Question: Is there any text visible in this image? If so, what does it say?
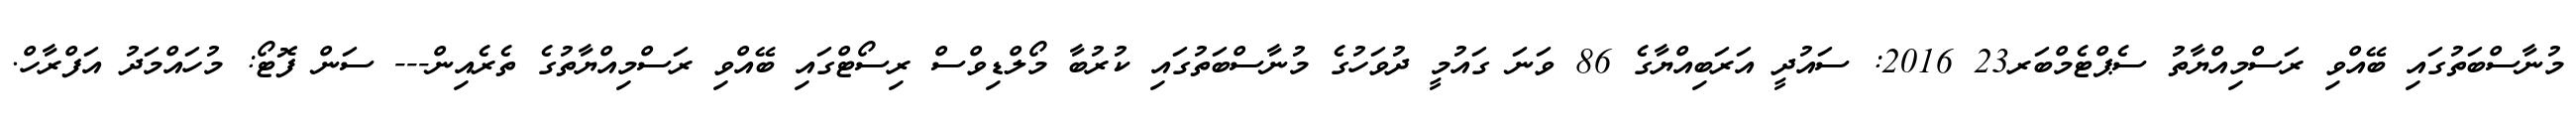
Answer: މުނާސްބަތުގައި ބޭއްވި ރަސްމިއްޔާތު ސެޕްޓެމްބަރ23 2016: ސައުދީ އަރަބިއްޔާގެ 86 ވަނަ ގައުމީ ދުވަހުގެ މުނާސްބަތުގައި ކުރުބާ މޯލްޑިވްސް ރިސޯޓްގައި ބޭއްވި ރަސްމިއްޔާތުގެ ތެރެއިން--- ސަން ފޮޓޯ: މުހައްމަދު އަފްރާހް.